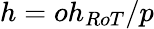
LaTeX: h=oh_{RoT}/p